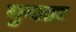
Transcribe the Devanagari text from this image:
कुल्हा